Report of the Municipal Commissioner on the plague in Bombay for the year ending 31st May... - Volume 2
Disease focus: Plague
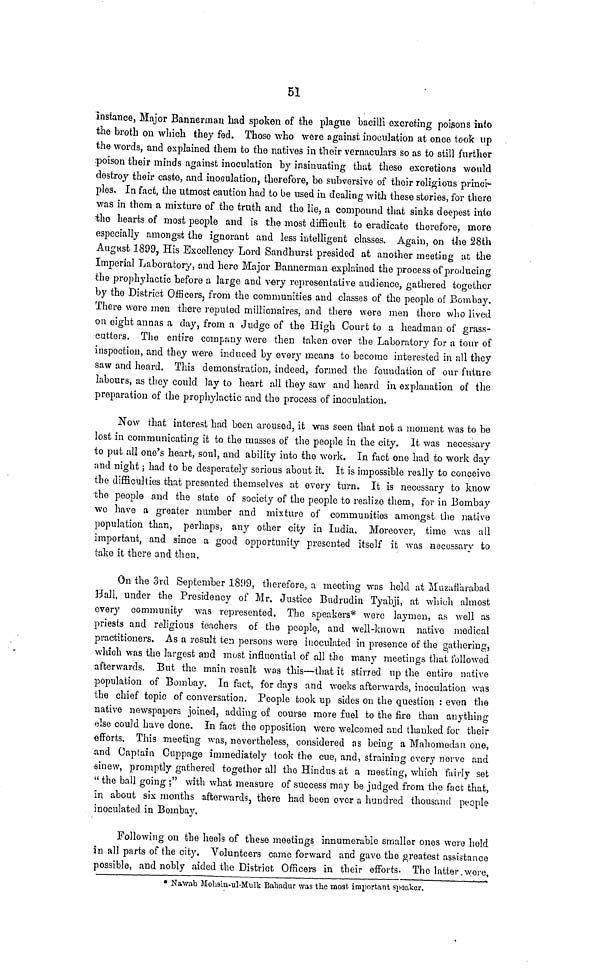
51
instance, Major Bannerman had spoken of the plague bacilli excreting poisons into
the broth on which they fed. Those who were against inoculation at once took up
the words, and explained them to the natives in their vernaculars so as to still further
poison their minds against inoculation by insinuating that these excretions would
destroy their caste, and inoculation, therefore, be subversive of their religious princi-
ples. In fact, the utmost caution had to be used in dealing with these stories, for there
was in them a mixture of the truth and the lie, a compound that sinks deepest into
the hearts of most people and is the most difficult to eradicate therefore, more
especially amongst the ignorant and less intelligent classes. Again, on the 28th
August 1899, His Excellency Lord Sandhurst presided at another meeting at the
Imperial Laboratory, and hero Major Bannerman explained the process of producing
the prophylactic before a large and very representative audience, gathered together
by the District Officers, from the communities and classes of the people of Bombay.
There were men there reputed millionaires, and there were men there who lived
on eight annas a day, from a Judge of the High Court to a headman of grass-
cutters. The entire company were then taken over the Laboratory for a tour of
inspection, and they were induced by every means to become interested in all they
saw and heard. This demonstration, indeed, formed the foundation of our future
labours, as they could lay to heart all they saw and heard in explanation of the
preparation of the prophylactic and the process of inoculation.
Now that interest had been aroused, it was seen that not a moment was to be
lost in communicating it to the masses of the people in the city. It was necessary
to put all one's heart, soul, and ability into the work. In fact one had to work day
and night; had to be desperately serious about it. It is impossible really to conceive
the difficulties that presented themselves at every turn. It is necessary to know
the people and the state of society of the people to realize them, for in Bombay
we have a greater number and mixture of communities amongst the native
population than, perhaps, any other city in India, Moreover, time was all
important, and since a good opportunity presented itself it was necessary to
take it there and then.
On the 3rd September 1899, therefore, a meeting was held at Muzaffarabad
Hall, under the Presidency of Mr. Justice Budrudin Tyabji, at which almost
every community was represented. The speakers* were laymen, as well as
priests and religious teachers of the people, and well-known native medical
practitioners. As a result ten persons were inoculated in presence of the gathering,
which was the largest and most influential of all the many meetings that followed
afterwards. But the main result was this—that it stirred up the entire native
population of Bombay. In fact, for days and weeks afterwards, inoculation was
the chief topic of conversation. People took up sides on the question : even the
native newspapers joined, adding of course more fuel to the fire than anything
else could have done. In fact the opposition were welcomed and thanked for their
efforts. This meeting was, nevertheless, considered as being a Mahomedan one,
.and Captain Cuppage immediately took the cue, and, straining every nerve and
sinew, promptly gathered together all the Hindus at a meeting, which fairly set
" the ball going ;" with what measure of success may be judged from the fact that,
m about six months afterwards, there had been over a hundred thousand people
inoculated in Bombay.
Following on the heels of these meetings innumerable smaller ones were hold
in all parts of the city. Volunteers came forward and gave the greatest assistance
possible, and nobly aided the District Officers in their efforts. The latter wore,
* Nawab Mohsin-ul-Mulk Bahadur was the moat important speaker.